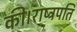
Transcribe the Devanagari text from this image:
की।राष्ट्रपति